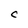
Character: C